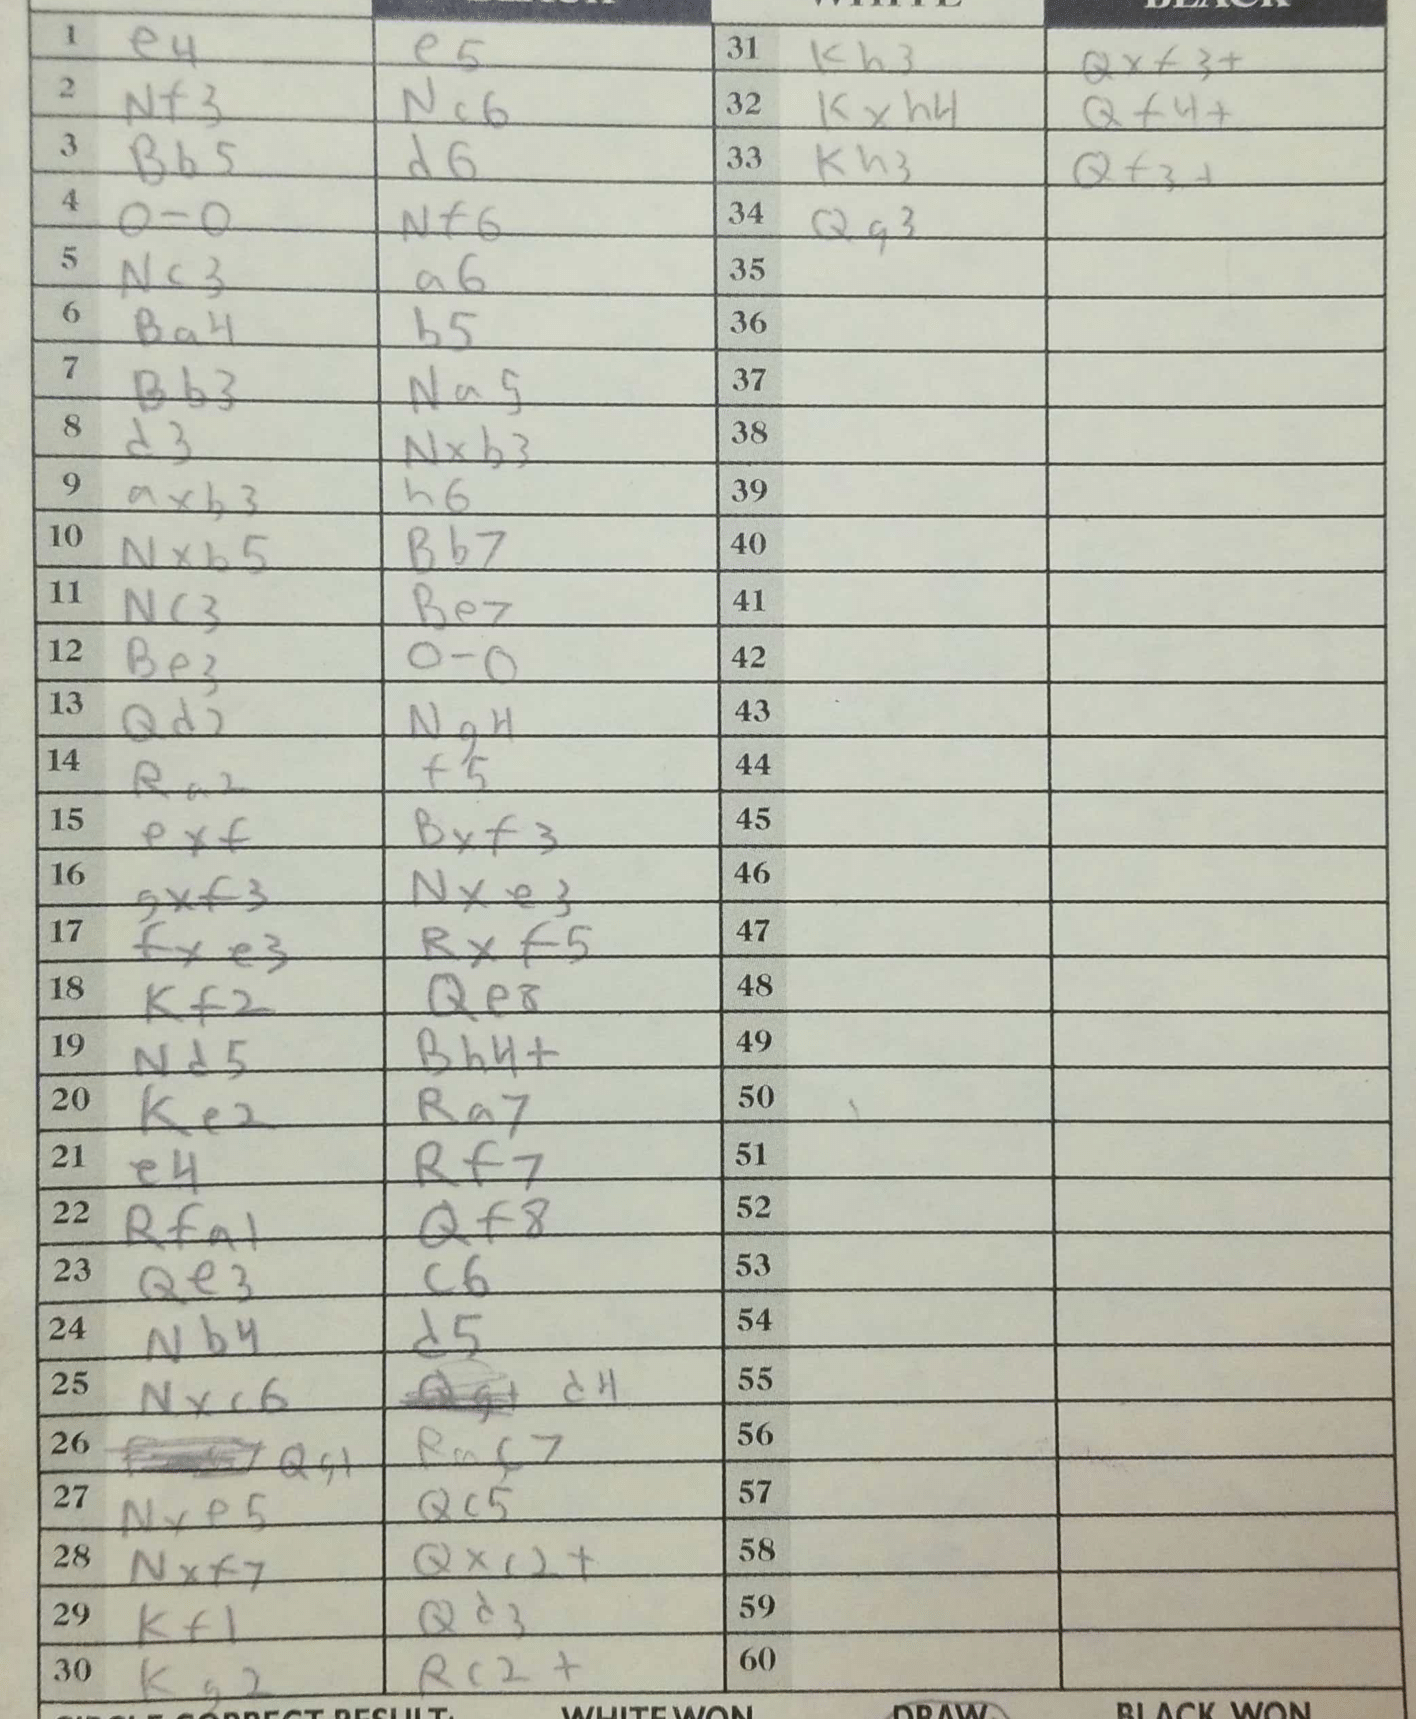
Moves: e4 e5 Nf3 Nc6 Bb5 d6 O-O Nf6 Nc3 a6 Ba4 b5 Bb3 Na5 d3 Nxb3 axb3 h6 Nxb5 Bb7 Nc3 Be7 Be3 O-O Qd2 Ng4 Ra2 f5 exf Bxf3 gxf3 Nxe3 fxe3 Rxf5 Kf2 Qe8 Nd5 Bh4+ Ke2 Ra7 e4 Rf7 Rfa1 Qf8 Qe3 c6 Nb4 d5 Nxc6 d4 Qg1 Rac7 Nxe5 Qc5 Nxf4 Qxc2+ Kf1 Qd3 Kg2 Rc2+ Kh3 Qxf3+ Kxh4 Qf4+ Kh3 Qf3+ Qg3